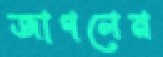
জাগলেন